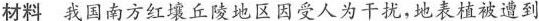
材料 我国南方红壤丘陵地区因受人为干扰，地表植被遭到